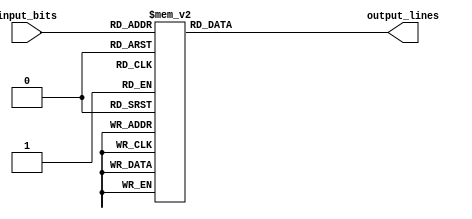
module octal_decoder(
    input [2:0] input_bits,
    output reg [7:0] output_lines
);

always @(*)
begin
    case(input_bits)
        3'b000: output_lines = 8'b00000001;
        3'b001: output_lines = 8'b00000010;
        3'b010: output_lines = 8'b00000100;
        3'b011: output_lines = 8'b00001000;
        3'b100: output_lines = 8'b00010000;
        3'b101: output_lines = 8'b00100000;
        3'b110: output_lines = 8'b01000000;
        3'b111: output_lines = 8'b10000000;
        default: output_lines = 8'b00000000;
    endcase
end

endmodule